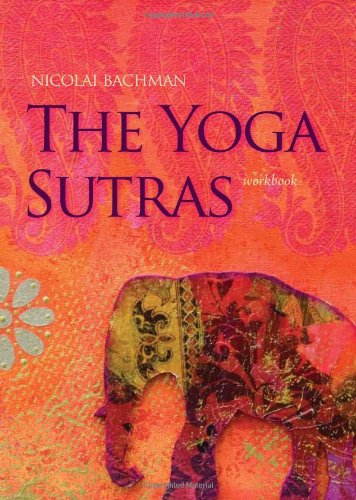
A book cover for The Yoga Sutras: An Essential Guide to the Heart of Yoga Philosophy; Nicolai Bachman; Religion & Spirituality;